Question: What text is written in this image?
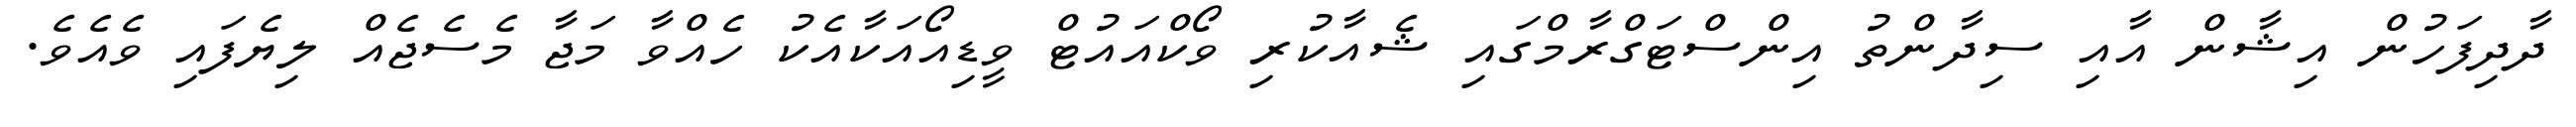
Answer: ދާދިފަހުން އިޝާން އާއި ސިދާންތު އިންސްޓަގްރާމްގައި ޝެއާކުރި ވޯކްއައުޓް ވީޑިއޯއަކާއެކު ހެއްވާ މަޖާ މެސެޖެއް ލިޔެފައި ވެއެވެ.